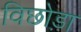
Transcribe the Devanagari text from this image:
विछोड़ा